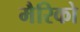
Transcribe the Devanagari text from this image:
मैरिको